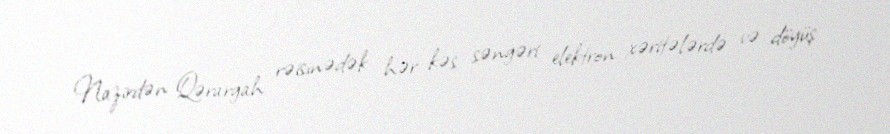
Nazirdən Qərargah rəisinədək hər kəs səngəri elektron xəritələrdə və döyüş